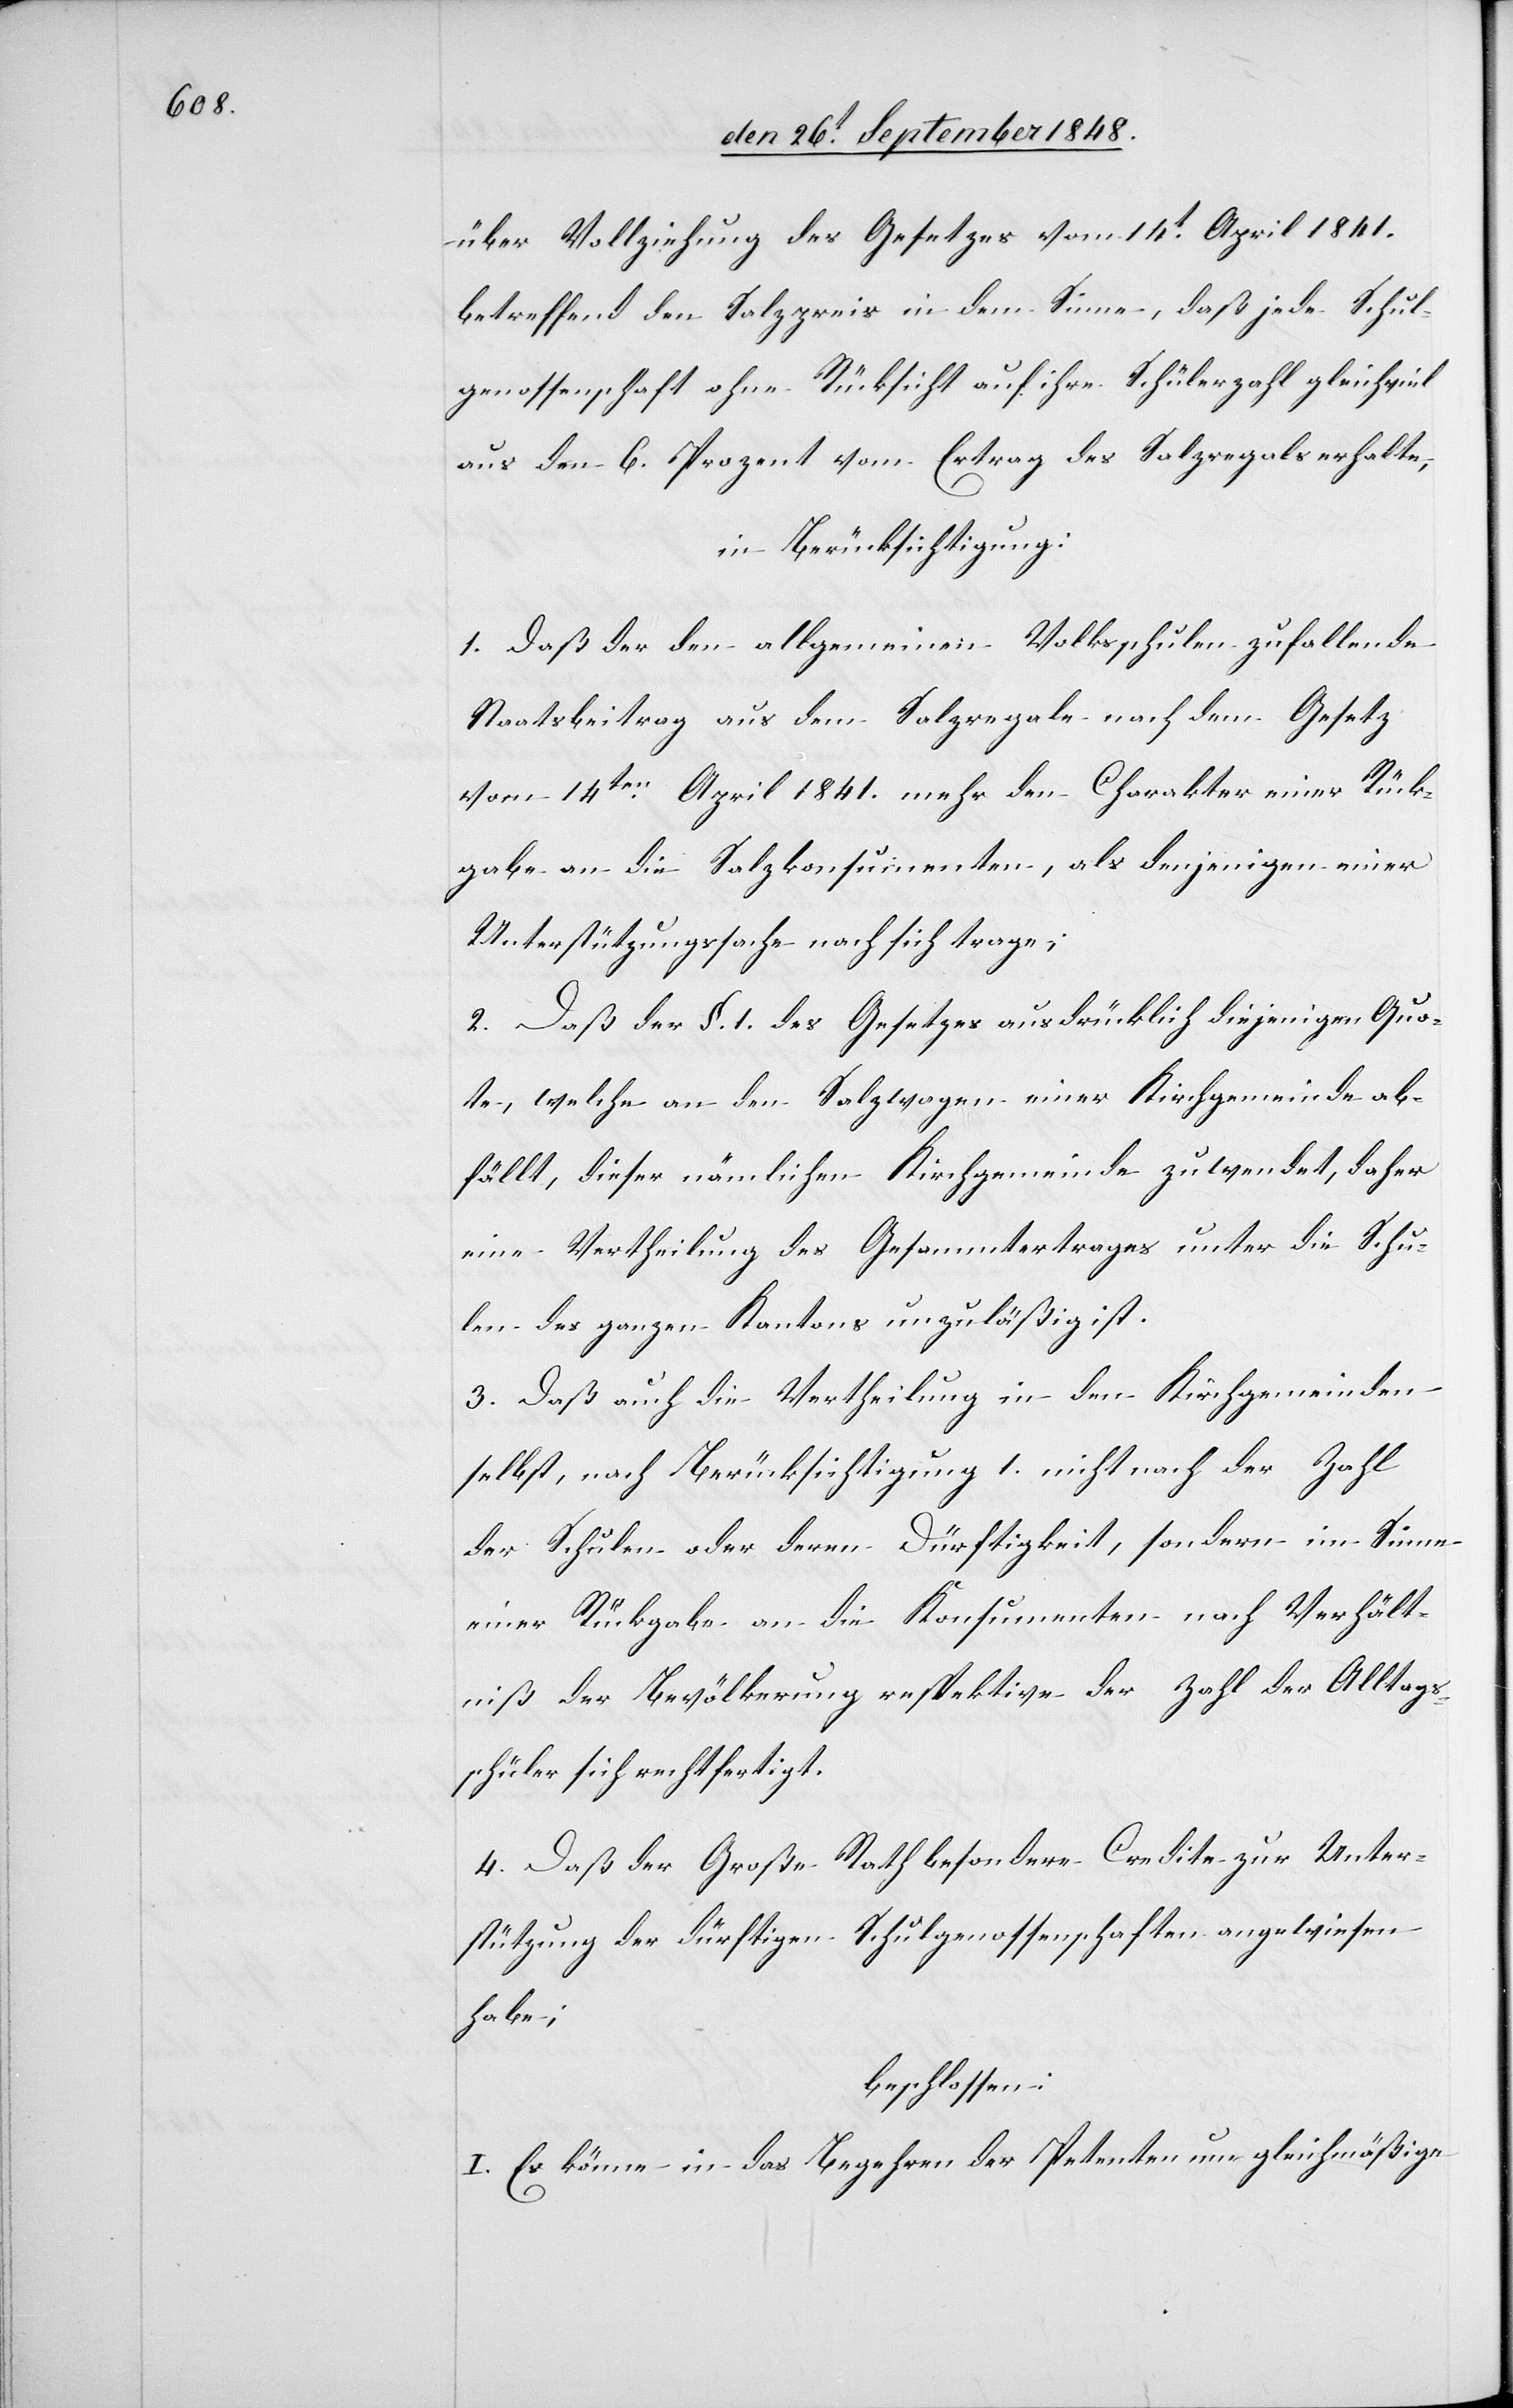
über Vollziehung des Gesetzes vom 14t April 1841.
betreffend den Salzpreis in dem Sinne, daß jede Schul¬
genossenschaft ohne Rücksicht auf ihre Schülerzahl gleichviel
aus den 6. Prozent vom Ertrag des Salzregals erhalten,
in Berücksichtigung:
1. Daß der den allgemeinen Volksschulen zufallende
Staatsbeitrag aus dem Salzregale nach dem Gesetz
vom 14ten April 1841. mehr den Charakter einer Rück¬
gabe an die Salzkonsumenten, als denjenigen einer
Unterstützungssache nach sich trage;
2. Daß der §. 1. des Gesetzes ausdrücklich diejenigen Quote
[sic!], welche an den Salzwagen einer Kirchgemeinde ab¬
fällt, dieser nämlichen Kirchgemeinde zuwendet, daher
eine Vertheilung des Gesammtertrages unter die Schu¬
len des ganzen Kantons unzuläßig ist.
3. Daß auch die Vertheilung in den Kirchgemeinden
selbst, nach Berücksichtigung 1. nicht nach der Zahl
der Schulen oder deren Dürftigkeit, sondern im Sinne
einer Rückgabe an die Konsumenten nach Verhält¬
niß der Bevölkerung respektive der Zahl der Alltags¬
schüler sich rechtfertigt.
4. Daß der Große Rath besondere Credite zur Unter¬
stützung der dürftigen Schulgenossenschaften angewiesen
habe;
beschlossen:
I. Es könne in das Begehren der Petenten nur gleichmäßige